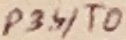
Text: P3.4/T0